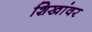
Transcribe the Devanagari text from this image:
शिखांवर